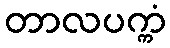
တာလပက္ကံ